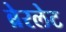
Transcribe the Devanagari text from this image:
ब्रेरलेट